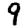
Digit: 9